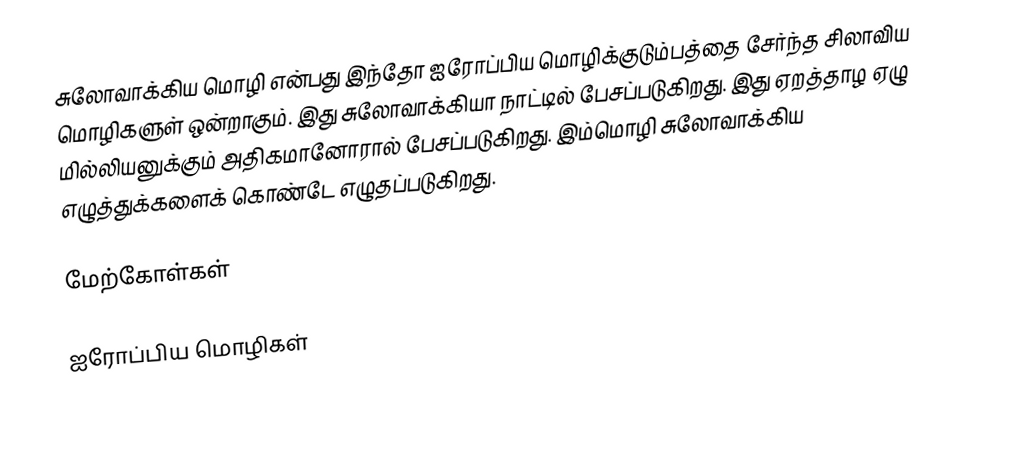
சுலோவாக்கிய மொழி என்பது இந்தோ ஐரோப்பிய மொழிக்குடும்பத்தை சேர்ந்த சிலாவிய மொழிகளுள் ஒன்றாகும். இது சுலோவாக்கியா நாட்டில் பேசப்படுகிறது. இது ஏறத்தாழ ஏழு மில்லியனுக்கும் அதிகமானோரால் பேசப்படுகிறது. இம்மொழி சுலோவாக்கிய எழுத்துக்களைக் கொண்டே எழுதப்படுகிறது.

மேற்கோள்கள்

ஐரோப்பிய மொழிகள்